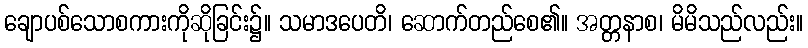
ချောပစ်သောစကားကိုဆိုခြင်း၌။ သမာဒပေတိ၊ ဆောက်တည်စေ၏။ အတ္တနာစ၊ မိမိသည်လည်း။